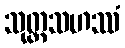
သုတ္တသဟဿံ